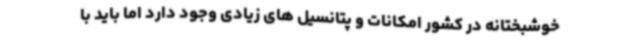
خوشبختانه در کشور امکانات و پتانسیل های زیادی وجود دارد اما باید با